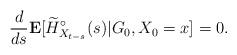
LaTeX: \begin{align*} \frac{d}{ds}\mathbf E[\widetilde H^\circ_{X_{t-s}}(s)|G_0, X_0=x] = 0. \end{align*}